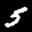
Label: 5